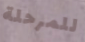
للمرحلة